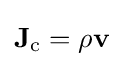
\mathbf {J} _{\mathrm {c} }=\rho \mathbf {v} \,\!